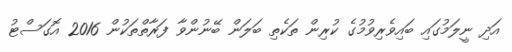
އަދި ނީލަމުގައި ބައިވެރިވުމުގެ ކުރިން ތަކެތި ބަލަން ބޭނުންވާ ފަރާތްތަކުން 2016 އޮގަސްޓު